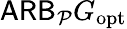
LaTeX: \mathsf{ARB}_{\mathcal P}G_{\mathrm{opt}}